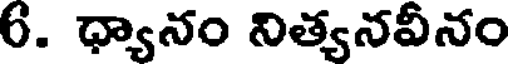
6. ధ్యానం నిత్యనవీనం